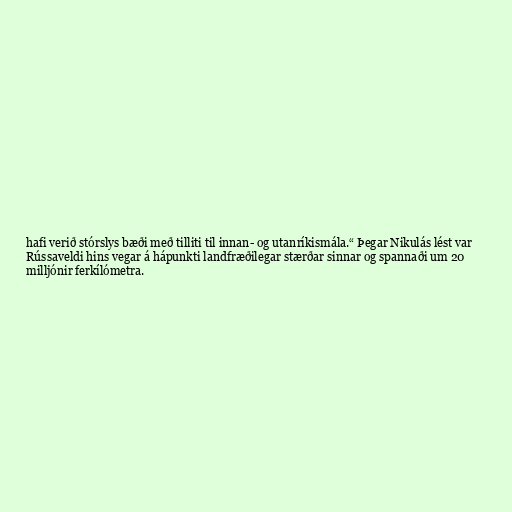
hafi verið stórslys bæði með tilliti til innan- og utanríkismála.“ Þegar Nikulás lést var
Rússaveldi hins vegar á hápunkti landfræðilegar stærðar sinnar og spannaði um 20
milljónir ferkílómetra.